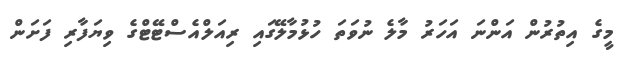
މީގެ އިތުރުން އަންނަ އަހަރު މާލެ ނުވަތަ ހުޅުމާލޭގައި ރިއަލްއެސްޓޭޓްގެ ވިޔަފާރި ފަށަން